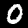
Digit: 0